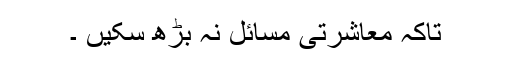
تاکہ معاشرتی مسائل نہ بڑھ سکیں ۔